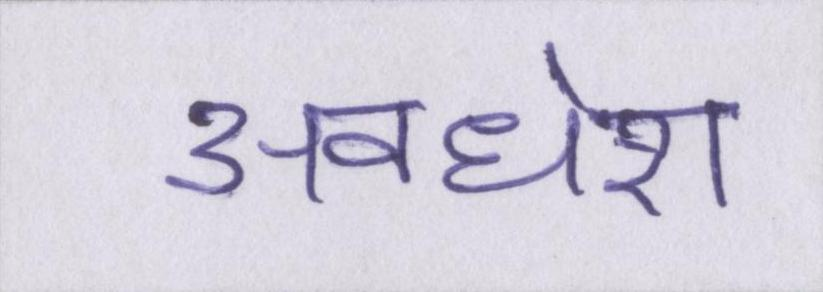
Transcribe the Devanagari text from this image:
अवधेश